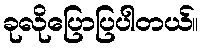
ခုလိုပြောပြပါတယ်။